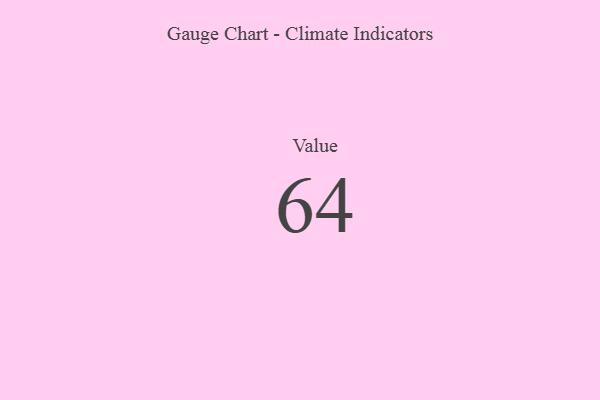
{"axis": {"x": "Metric", "y": "Value"}, "legend": [""], "data": [{"x": "Value", "y": 64, "type": ""}]}